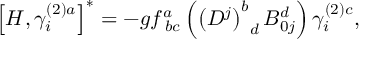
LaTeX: \left[ H , \gamma _ { i } ^ { \left( 2 \right) a } \right] ^ { * } = - g f _ { \; b c } ^ { a } \left( \left( D ^ { j } \right) _ { \; \; d } ^ { b } B _ { 0 j } ^ { d } \right) \gamma _ { i } ^ { \left( 2 \right) c } ,